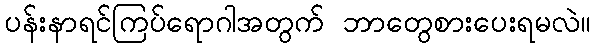
ပန်းနာရင်ကြပ်ရောဂါအတွက် ဘာတွေစားပေးရမလဲ။